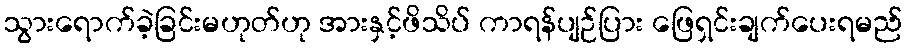
သွားရောက်ခဲ့ခြင်းမဟုတ်ဟု အားနှင့်ဖိသိပ် ကာရန်ပျဉ်ပြား ဖြေရှင်းချက်ပေးရမည်